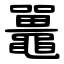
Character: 鼉